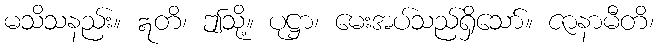
မသိသနည်း။ ဣတိ၊ ဤသို့။ ပုဋ္ဌာ၊ မေးအပ်သည်ရှိသော်။ ဇာနာမီတိ၊